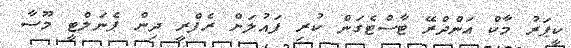
ކީޕަރު މާކް އަންދްރޭ ޓާސްޓެގަން ކުރި ފައުލަށް ރެފްރީ ދިން ޕެނަލްޓީ މޫސާ